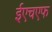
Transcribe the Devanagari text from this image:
ईएचएफ